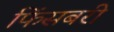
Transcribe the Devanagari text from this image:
फिंसबरी